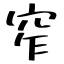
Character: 窄